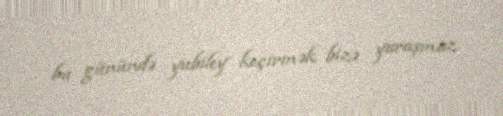
bu günündə yubiley keçirmək bizə yaraşmaz.